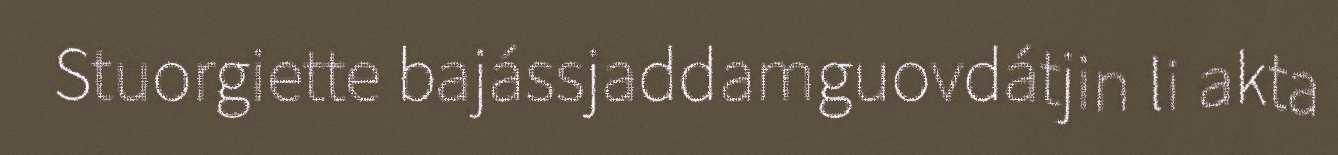
Stuorgiette bajássjaddamguovdátjin li akta